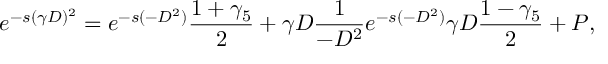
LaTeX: e ^ { - s ( \gamma D ) ^ { 2 } } = e ^ { - s ( - D ^ { 2 } ) } { \frac { 1 + \gamma _ { 5 } } { 2 } } + \gamma D { \frac { 1 } { - D ^ { 2 } } } e ^ { - s ( - D ^ { 2 } ) } \gamma D { \frac { 1 - \gamma _ { 5 } } { 2 } } + P ,